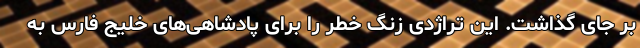
بر جای گذاشت. این تراژدی زنگ خطر را برای پادشاهی‌های خلیج فارس به